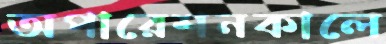
অপারেশনকালে